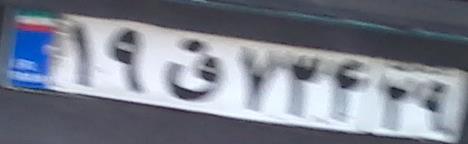
۱۹ق۷۳۴۲۹